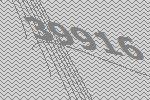
39916